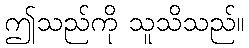
ဤသည်ကို သူသိသည်။